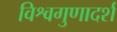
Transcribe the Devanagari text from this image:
विश्वगुणादर्श